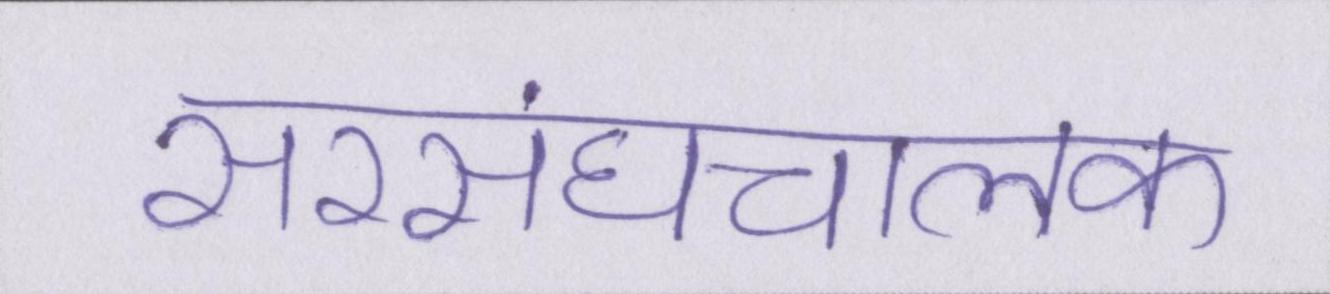
सरसंघचालक